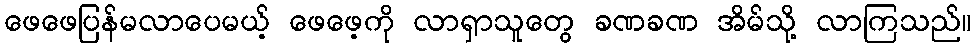
ဖေဖေပြန်မလာပေမယ့် ဖေဖေ့ကို လာရှာသူတွေ ခဏခဏ အိမ်သို့ လာကြသည်။